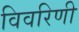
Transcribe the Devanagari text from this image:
विवरिणी